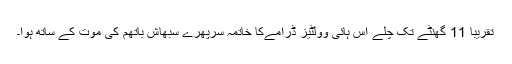
تقریبا 11 گھنٹے تک چلے اس ہائی وولٹیز ڈرامےکا خاتمہ سرپھرے سبھاش باتھم کی موت کے ساتھ ہوا۔